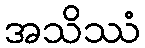
အသိဿံ